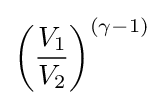
\left({\frac {V_{1}}{V_{2}}}\right)^{(\gamma -1)}